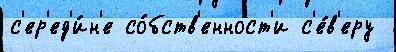
с'ер'ед'и́н'е со́бств'енност'и с'е́в'еру